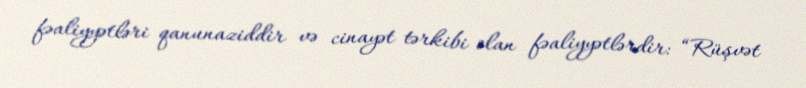
fəaliyyətləri qanunaziddir və cinayət tərkibi olan fəaliyyətlərdir: “Rüşvət